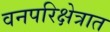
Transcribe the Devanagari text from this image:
वनपरिक्षेत्रात